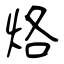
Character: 烙